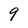
Character: 9